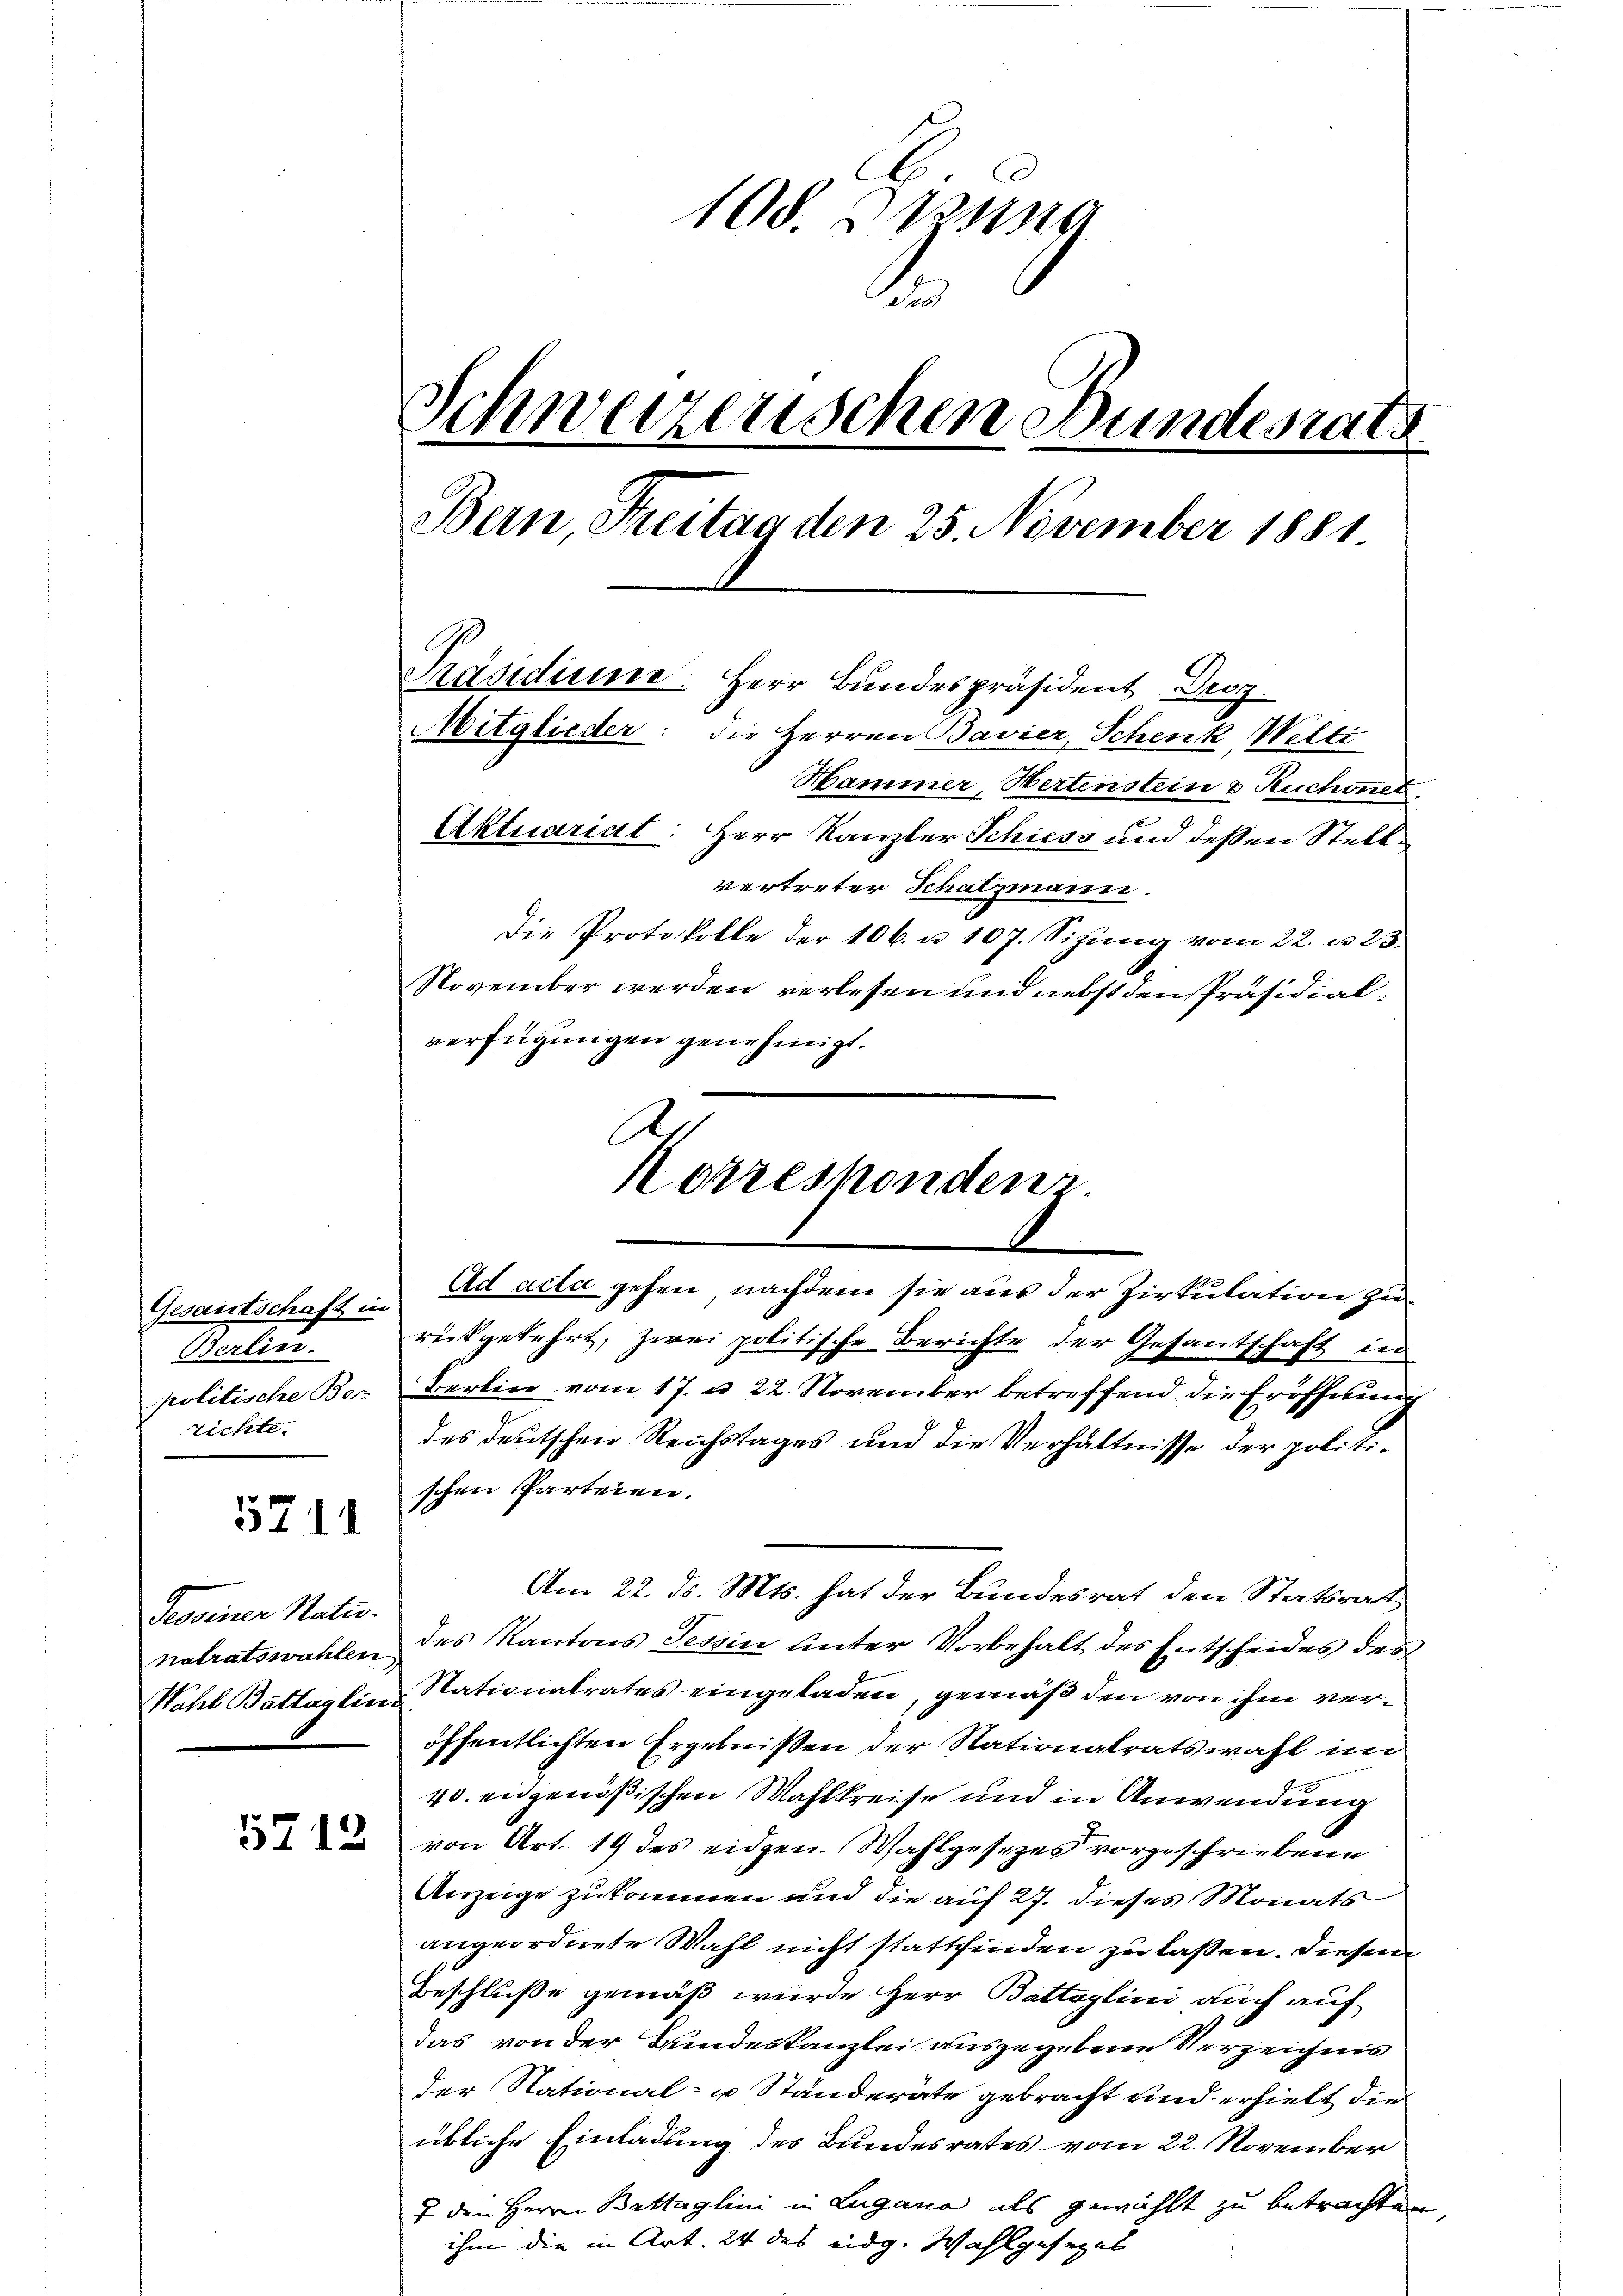
Gesantschaft in
Berlin.
politische Ber
richte.

571

Tessiner Natio

5712

108. Bun
Schweizerischen Bundesrats
Bern, Freitag den 25. November 1881.
Präsidiene. Herr Bundespräsident Droz.
Mitglieder: die Herren Bavier, Schenk, Welti
Hammer, Wertenstein & Ruchonet
Aktuariat: Herr Kanzler Schiess und deßen Stellvertreter Schatzmann.
Die Protokolle der 106. u. 107. Sizung vom 22. u. 23.
November werden verlesen und nebst den Präsidialverfügungen genehmigt.

.

rückgekehrt, zwei politische Berichte der Gesantschaft in
Berlin vom 17. d. 22. November betreffend die Eröffnung
des deutschen Reichstages und die Verhältnisse der politischen Parteien.
Am 22. ds. Mts. hat der Bundesrat den Statsrat
nalratswahlen des Kantons Tessin unter Vorbehalt des Entscheides des
Wahl Battaglin Stationalrates eingeladen, gemäß den von ihm veröffentlichten Ergebnißen der Nationalratswahl im
40. eidgenößischen Wahlkreise und in Anwendung
von Art. 19 des eidgen. Wahlgesezes vorgeschriebene
Anzeige zukommen und die auf 27. dieses Monats
angeordnete Wahl nicht stattfinden zu laßen. Diesen
Beschluße gemäß wurde Herr Battaglini auch auf
das von der Bundeskanzlei ausgegebene Verzeichnis
der National- u Ständeräte gebracht und erhielt die
übliche Einladung des Bundesrates vom 22. November
7 den Herrn Battaglini in Lugano als gewählt zu betrachten
ihm die in Art. 24 des eidg. Wahlgesezes

Korresponderen.
Ad acta gehen, nachdem sie aus der Zirkulation zu

.